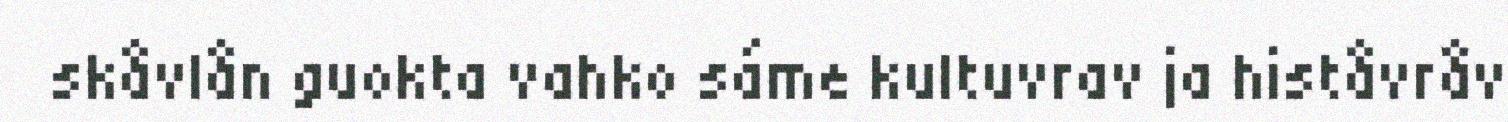
skåvlån guokta vahko sáme kultuvrav ja histåvråv